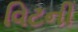
વિટની